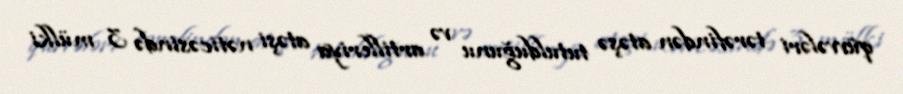
qüvvələri tərəfindən atəşə tutulduğunu və artilleriya atəşi nəticəsində 3 mülki